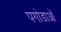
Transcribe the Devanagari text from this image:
पगोडाओं